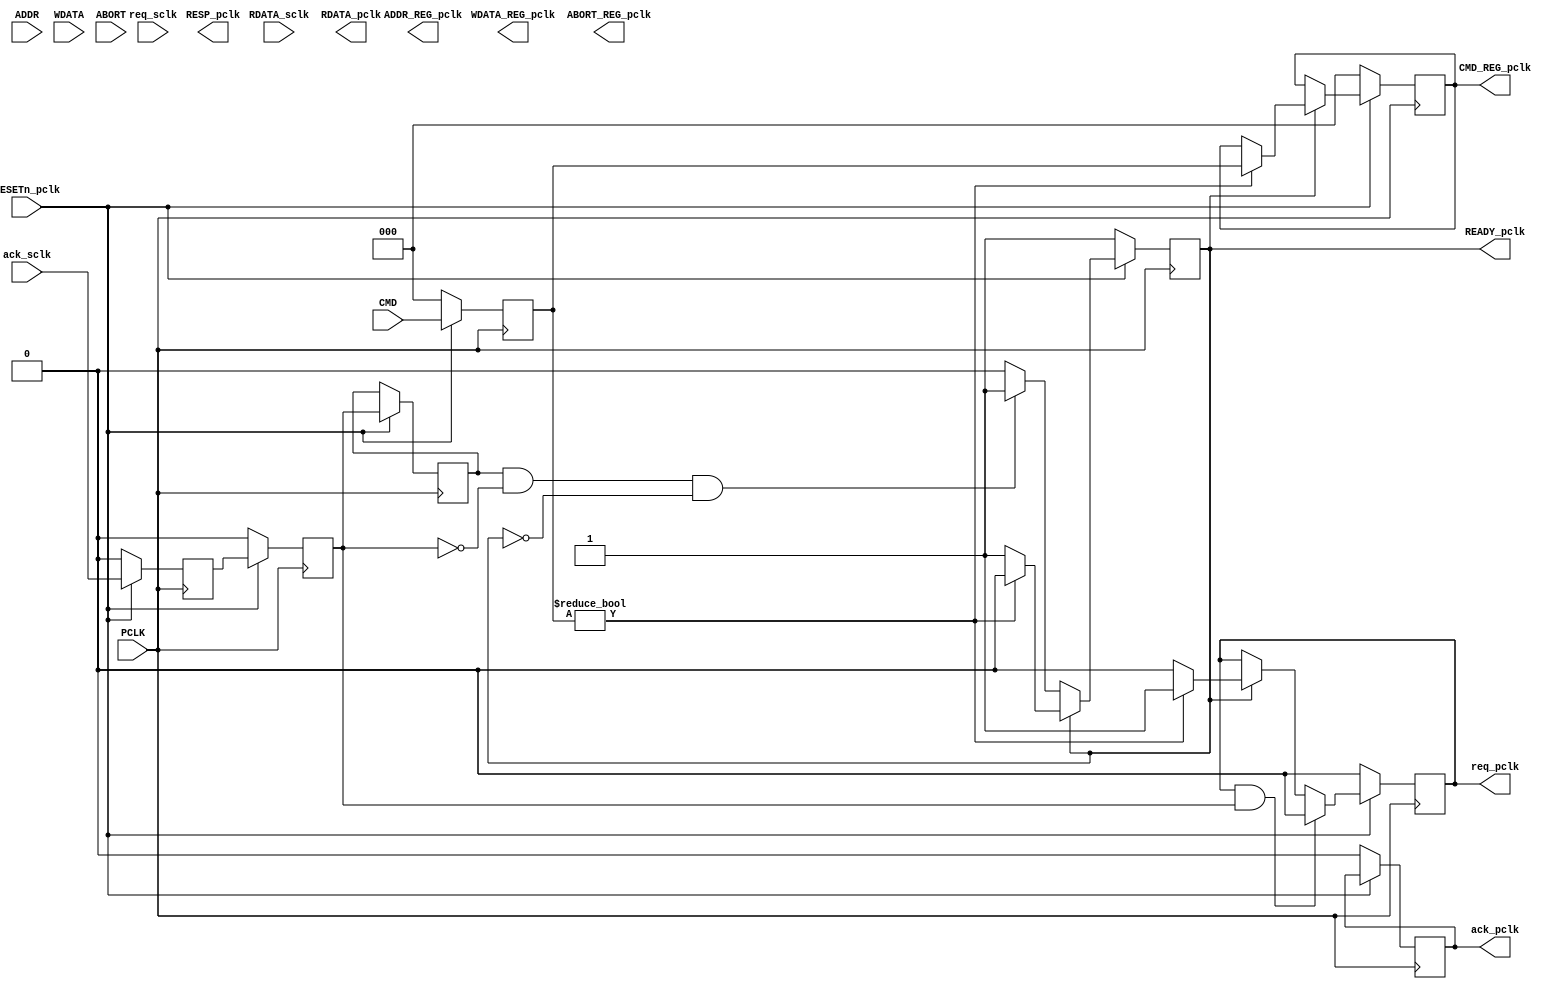
// GFB project solution demo 
// 2022/8/12
// Jorden

module  Master_pclk(
    input  PCLK,
    input  RESETn_pclk, 
    input  [2:0]CMD,
    input  [9:0]ADDR,
    input  [9:0]WDATA,
    input  ABORT,

    input  [9:0]RDATA_sclk,

    output reg READY_pclk,
    output reg [9:0]RDATA_pclk,     // only valid at READY high
    output reg RESP_pclk,

    output reg [2:0]CMD_REG_pclk,
    output reg [9:0]ADDR_REG_pclk,
    output reg [9:0]WDATA_REG_pclk,
    output reg ABORT_REG_pclk,

    output reg req_pclk, ack_pclk,  // signal for multiple bit data handshaking
    input  req_sclk, ack_sclk
);

parameter IDLE = 3'd0, READ = 3'd1, WRITE = 3'd2, ROW_WRITE = 3'd3, 
          ERASE = 3'd4, MASS_ERASE = 3'd5;

            
reg [2:0]CMD_pclk;  

reg data_transfer_pclk;         // one cycle for data_transfer (to meet hold time)
reg [2:0]state, n_state;


reg ack_sample1_pclk, ack_sample2_pclk, ack_sample3_pclk;



// **** solution **** //

reg ack_sample_pulse_pclk;
always @(*) begin
	ack_sample_pulse_pclk = ack_sample3_pclk && ~ack_sample2_pclk;



end



always @(posedge PCLK) begin
    if (~RESETn_pclk) begin
        CMD_REG_pclk <= IDLE;  // receive new command
        READY_pclk <= 1'b1;
        req_pclk <= 1'b0;
        ack_pclk <= 1'b0;
    
    end
    else begin

          
        if (READY_pclk) begin
            
            if (CMD_pclk != IDLE) begin
            	req_pclk <= 1'b1;
            	READY_pclk <= 1'b0;
            	CMD_REG_pclk <= CMD_pclk;  // receive new command
            end
            else begin
            	req_pclk <= 1'b0;
            	READY_pclk <= 1'b1;
            	CMD_REG_pclk <= CMD_REG_pclk;  // receive new command
            end
           		
        end
        else if (ack_sample_pulse_pclk && ~READY_pclk) begin
 						READY_pclk <= 1'b1;
        end
        else begin
            CMD_REG_pclk <= CMD_REG_pclk; 
            READY_pclk <= READY_pclk;
        end
        
        
        if (req_pclk && ack_sample2_pclk) begin
        	req_pclk <= 1'b0;
        end


			
				
        
       	
    end


end


always @(posedge PCLK) begin   // sample
	if (~RESETn_pclk) begin
		CMD_pclk <= 0;
    
    ack_sample1_pclk <= 0;
    ack_sample2_pclk <= 0;
    
	end
	else begin
		CMD_pclk <= CMD;
   
    ack_sample1_pclk <= ack_sclk;
    ack_sample2_pclk <= ack_sample1_pclk;
    ack_sample3_pclk <= ack_sample2_pclk;
	
	end


    
end

    
endmodule


module  Slave_sclk(
    input  SCLK,
    input RESETn_sclk,
    input  [2:0]CMD_REG_pclk,
    input  [9:0]ADDR_REG_pclk,
    input  [9:0]WDATA_REG_pclk,
    input  ABORT_REG_pclk,

    output reg [9:0]RDATA_sclk,

    output reg req_sclk, ack_sclk,   // signal for multiple bit data handshaking
    input  req_pclk, ack_pclk // one cycle for data_transfer (to meet hold time)

);

parameter IDLE = 3'd0, READ = 3'd1, WRITE = 3'd2, ROW_WRITE = 3'd3, 
          ERASE = 3'd4, MASS_ERASE = 3'd5;


reg req_sample1_sclk, req_sample2_sclk , req_sample3_sclk;
reg data_transfer_sclk;

reg busy_sclk;
reg [3:0]busy_cnt_sclk;


reg req_sample_pulse_sclk;

// **** original problem 2 **** // direct sample CMD_pclk
reg [2 :0] CMD_REG_sclk, ADDR_REG_sclk, WDATA_REG_sclk;


always @(*) begin
	req_sample_pulse_sclk = req_sample2_sclk && ~req_sample3_sclk;
end


always @(posedge SCLK) begin   // sample

	if (~RESETn_sclk) begin
		ack_sclk <= 0;
		data_transfer_sclk <= 0;
		CMD_REG_sclk <= IDLE;
		busy_sclk <= 0;
		busy_cnt_sclk <= 0;
	end
	else begin		

			//if (ack_sclk == 0 && req_sample2_sclk) begin
			//	data_transfer_sclk <= 1'b1;
			//	CMD_REG_sclk <= CMD_REG_pclk;
			//end
			if (req_sample_pulse_sclk) begin
				data_transfer_sclk <= 1'b1;
				CMD_REG_sclk <= CMD_REG_pclk;
				busy_sclk <= 1'b1;
			end
			
			if (data_transfer_sclk) begin
				data_transfer_sclk <= 0;
			end
			
			if (busy_cnt_sclk == 2) begin   // busy end
				busy_cnt_sclk <= 0;
				busy_sclk <= 1'b0;
				ack_sclk <= 1'b1;
			end
			else if (busy_sclk) begin
				busy_cnt_sclk <= busy_cnt_sclk + 1;
				busy_sclk <= 1'b1;
				ack_sclk <= 1'b0;
			end
			
			if (ack_sclk == 1 && ~req_sample2_sclk) begin
				ack_sclk <= 1'b0;
			end
	end

end

always @(posedge SCLK) begin
	if (~RESETn_sclk) begin
		req_sample1_sclk <= 0;
		req_sample2_sclk <= 0;
		req_sample3_sclk <= 0;
	end
	else begin
		req_sample1_sclk <= req_pclk;
		req_sample2_sclk <= req_sample1_sclk;
		req_sample3_sclk <= req_sample2_sclk;   // to generate pulse
	
	end

end
    
endmodule